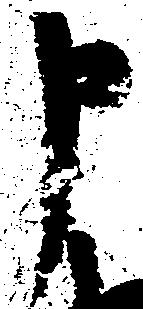
申